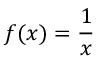
f ( x ) = { \frac { 1 } { x } }